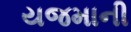
યજમાની